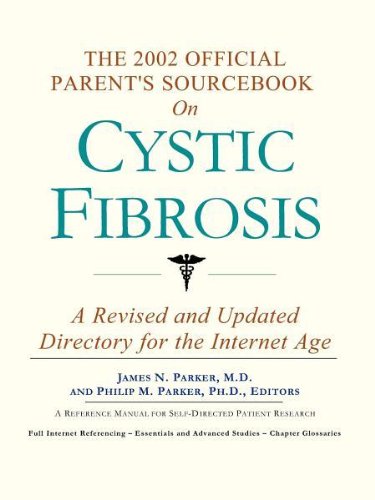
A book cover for The 2002 Official Patient's Sourcebook on Cystic Fibrosis; Health, Fitness & Dieting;